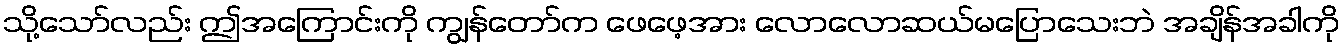
သို့သော်လည်း ဤအကြောင်းကို ကျွန်တော်က ဖေဖေ့အား လောလောဆယ်မပြောသေးဘဲ အချိန်အခါကို